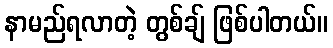
နာမည်ရလာတဲ့ တွစ်ချ် ဖြစ်ပါတယ်။